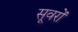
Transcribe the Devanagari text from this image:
सूवरों